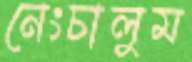
নেংচালুম